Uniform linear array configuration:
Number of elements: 64
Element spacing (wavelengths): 0.75
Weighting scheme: hamming
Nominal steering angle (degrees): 30
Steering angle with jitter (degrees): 29.186
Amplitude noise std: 0.05
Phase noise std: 0.05

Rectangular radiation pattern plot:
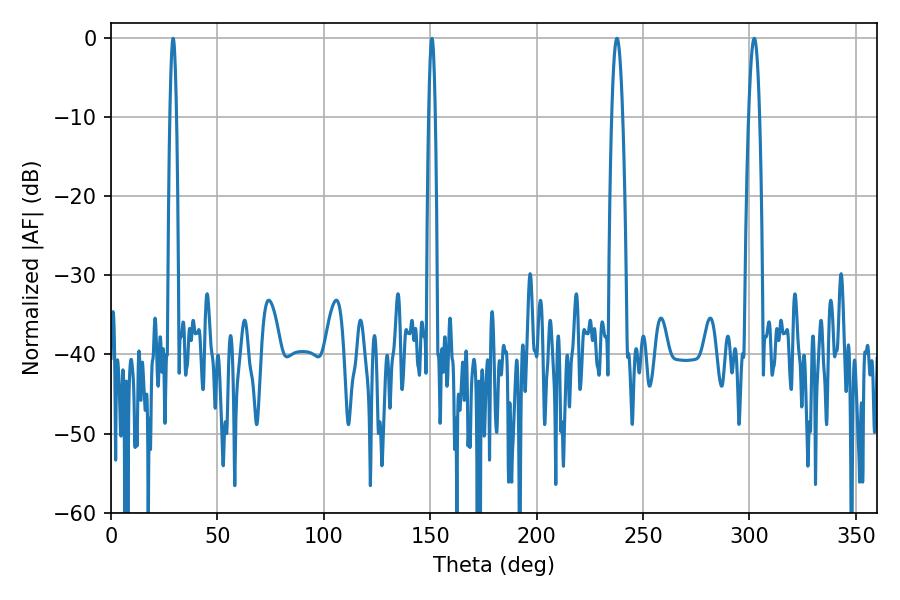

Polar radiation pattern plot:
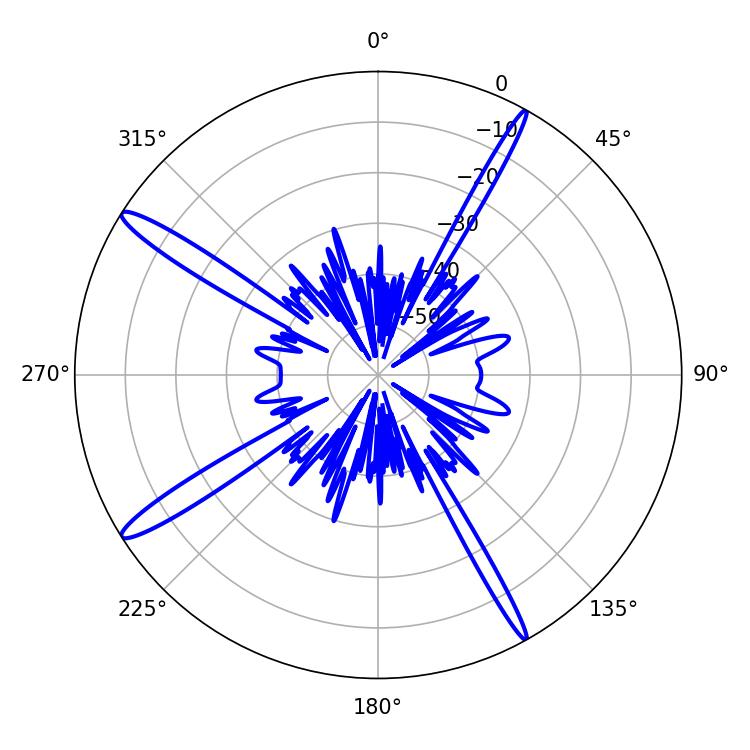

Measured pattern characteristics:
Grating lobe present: TRUE
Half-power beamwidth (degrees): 2.88
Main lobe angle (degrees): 302.22